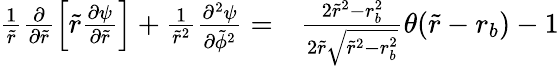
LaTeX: \begin{array}{rl}{\frac{1}{\tilde{r}}\frac{\partial}{\partial\tilde{r}}\left[\tilde{r}\frac{\partial\psi}{\partial\tilde{r}}\right]+\frac{1}{\tilde{r}^{2}}\frac{\partial^{2}\psi}{\partial\tilde{\phi}^{2}}=}&{{}\frac{2\tilde{r}^{2}-r_{b}^{2}}{2\tilde{r}\sqrt{\tilde{r}^{2}-r_{b}^{2}}}\theta(\tilde{r}-r_{b})-1}\end{array}